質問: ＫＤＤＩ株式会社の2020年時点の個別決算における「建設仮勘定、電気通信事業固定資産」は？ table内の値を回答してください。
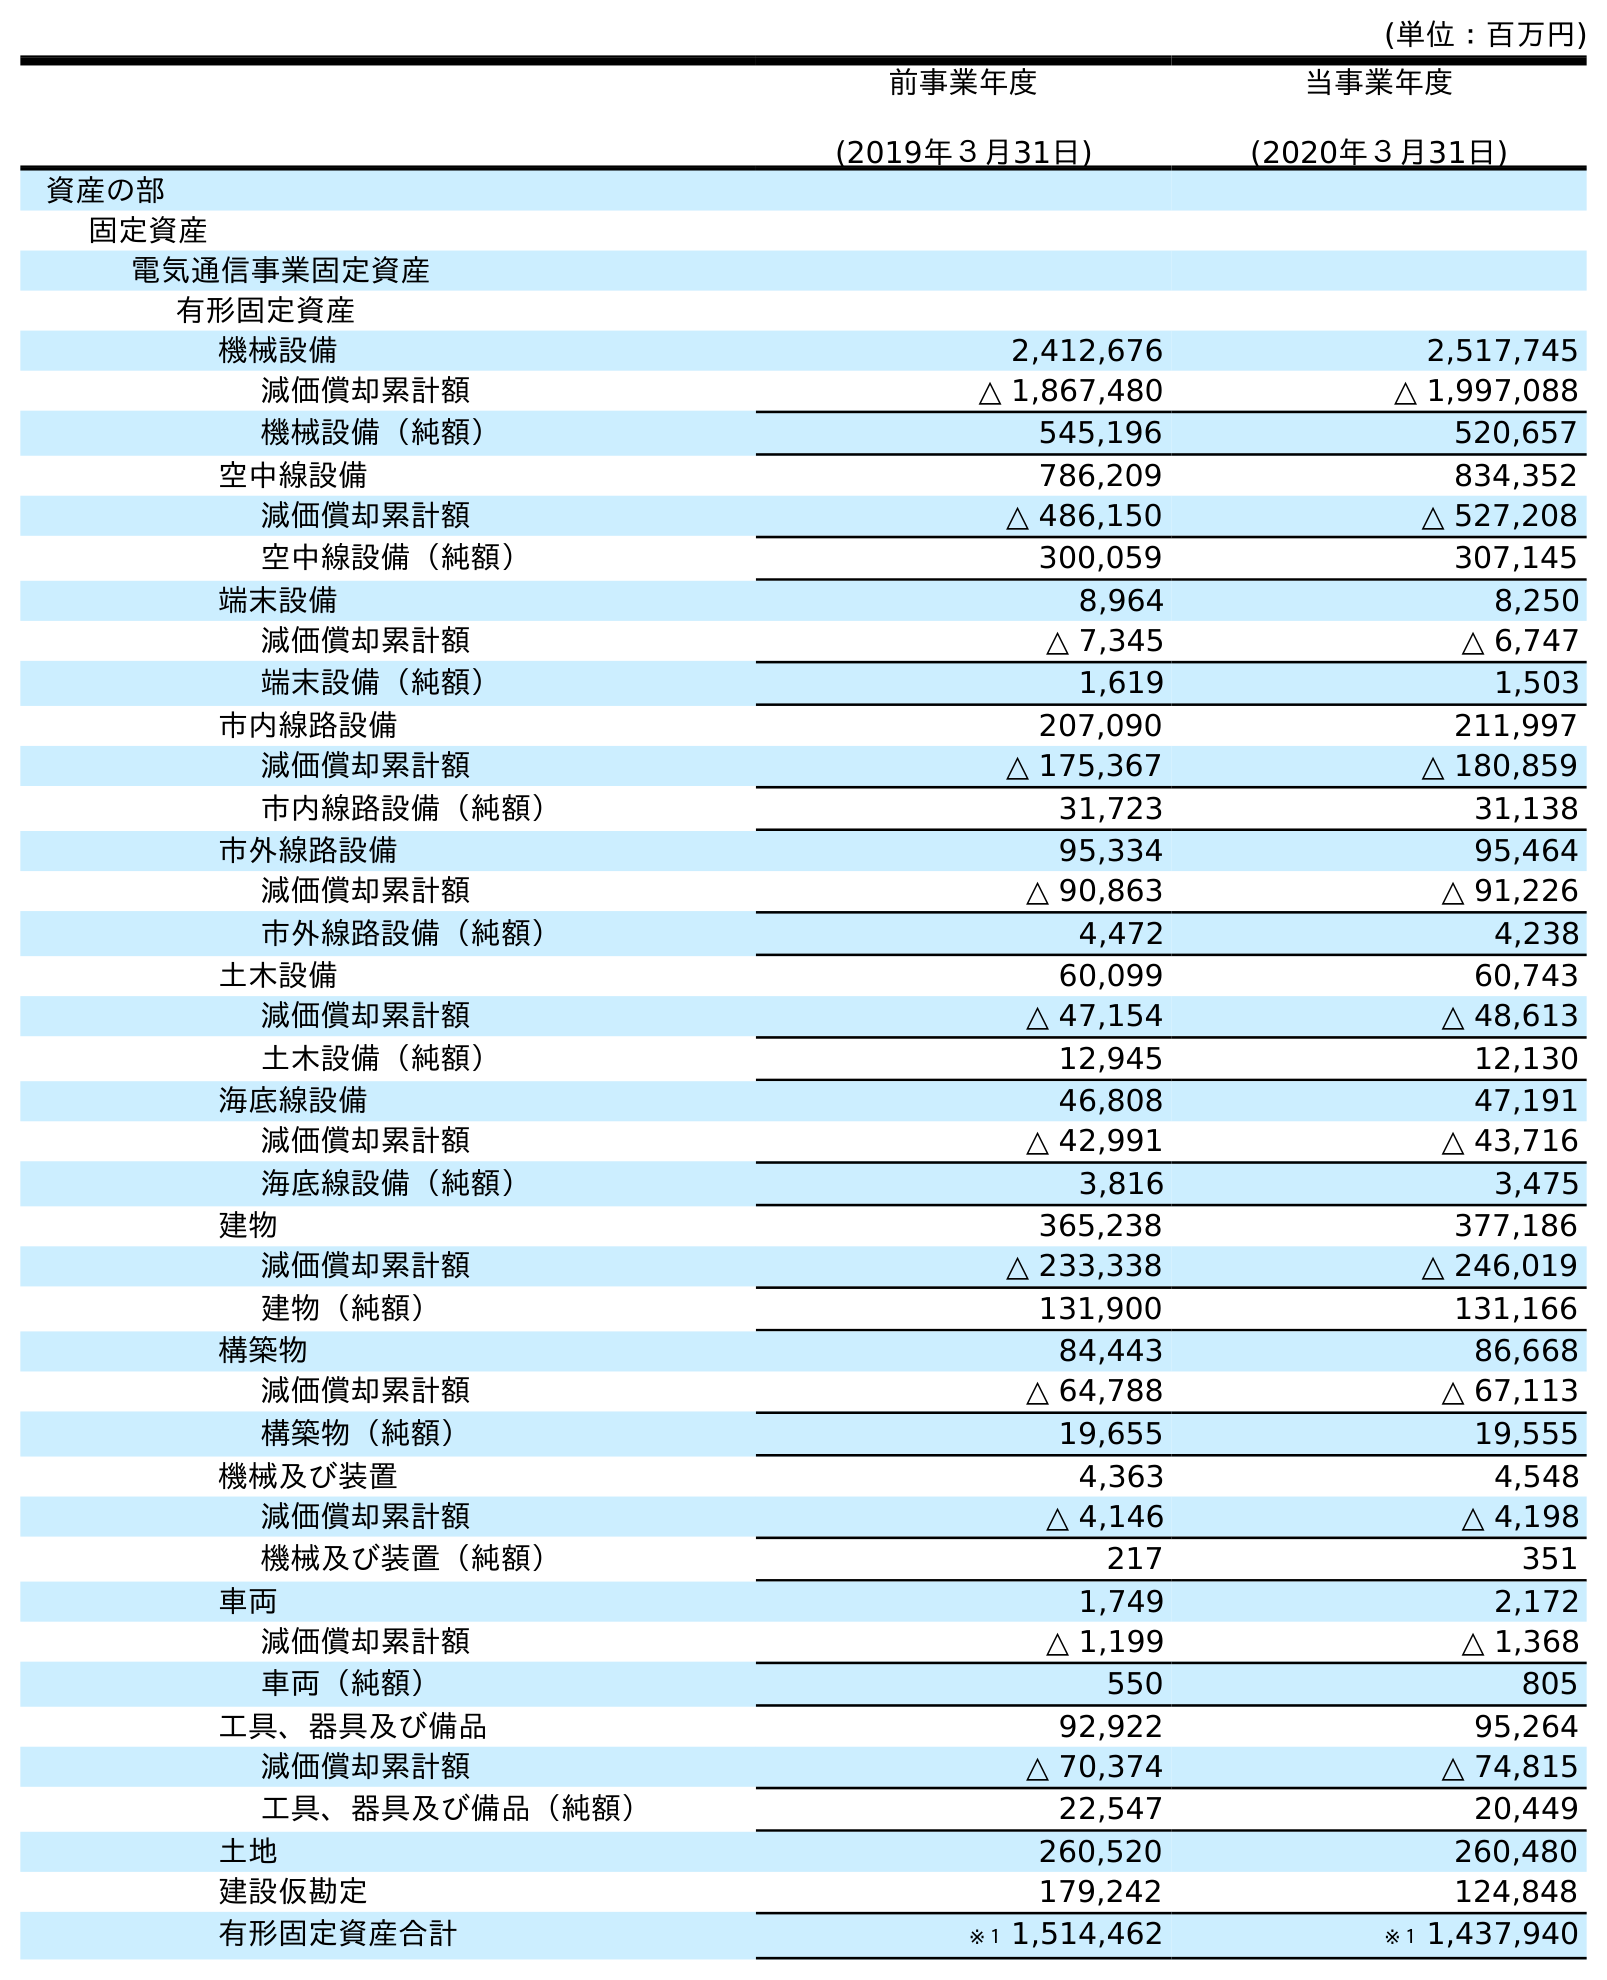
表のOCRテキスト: (単位：百万円) 前事業年度 (2019年３月31日) 当事業年度 (2020年３月31日) 資産の部 固定資産 電気通信事業固定資産 有形固定資産 機械設備 2,412,676 2,517,745 減価償却累計額 △ 1,867,480 △ 1,997,088 機械設備（純額） 545,196 520,657 空中線設備 786,209 834,352 減価償却累計額 △ 486,150 △ 527,208 空中線設備（純額） 300,059 307,145 端末設備 8,964 8,250 減価償却累計額 △ 7,345 △ 6,747 端末設備（純額） 1,619 1,503 市内線路設備 207,090 211,997 減価償却累計額 △ 175,367 △ 180,859 市内線路設備（純額） 31,723 31,138 市外線路設備 95,334 95,464 減価償却累計額 △ 90,863 △ 91,226 市外線路設備（純額） 4,472 4,238 土木設備 60,099 60,743 減価償却累計額 △ 47,154 △ 48,613 土木設備（純額） 12,945 12,130 海底線設備 46,808 47,191 減価償却累計額 △ 42,991 △ 43,716 海底線設備（純額） 3,816 3,475 建物 365,238 377,186 減価償却累計額 △ 233,338 △ 246,019 建物（純額） 131,900 131,166 構築物 84,443 86,668 減価償却累計額 △ 64,788 △ 67,113 構築物（純額） 19,655 19,555 機械及び装置 4,363 4,548 減価償却累計額 △ 4,146 △ 4,198 機械及び装置（純額） 217 351 車両 1,749 2,172 減価償却累計額 △ 1,199 △ 1,368 車両（純額） 550 805 工具、器具及び備品 92,922 95,264 減価償却累計額 △ 70,374 △ 74,815 工具、器具及び備品（純額） 22,547 20,449 土地 260,520 260,480 建設仮勘定 179,242 124,848 有形固定資産合計 ※１ 1,514,462 ※１ 1,437,940
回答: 124,848